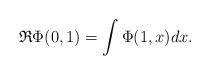
LaTeX: \begin{align*} \mathfrak R\Phi(0,1) = \int \Phi(1,x) dx. \end{align*}